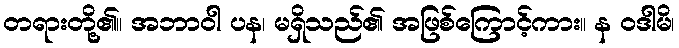
တရားတို့၏။ အဘာဝါ ပန၊ မရှိသည်၏ အဖြစ်ကြောင့်ကား။ န ဝဒါမိ၊